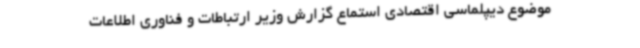
موضوع دیپلماسی اقتصادی استماع گزارش وزیر ارتباطات و فناوری اطلاعات